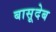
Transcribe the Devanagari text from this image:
बासूदेब